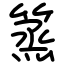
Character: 篜